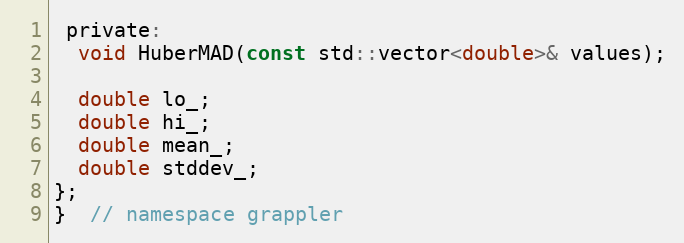
Language: C
 private:
  void HuberMAD(const std::vector<double>& values);

  double lo_;
  double hi_;
  double mean_;
  double stddev_;
};
}  // namespace grappler